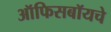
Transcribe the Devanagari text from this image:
ऑफिसबॉयचे